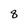
Character: 8